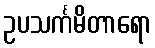
ဥပသင်္ကမိတာရော